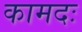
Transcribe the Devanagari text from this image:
कामदः